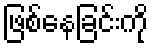
ဖြစ်နေခြင်းကို